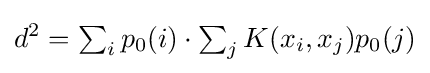
d^{2}=\textstyle \sum _{i}p_{0}(i)\cdot \sum _{j}\displaystyle K(x_{i},x_{j})p_{0}(j)